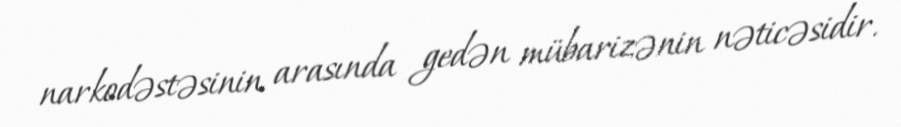
narkodəstəsinin arasında gedən mübarizənin nəticəsidir.